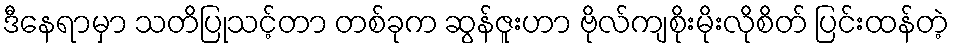
ဒီနေရာမှာ သတိပြုသင့်တာ တစ်ခုက ဆွန်ဇူးဟာ ဗိုလ်ကျစိုးမိုးလိုစိတ် ပြင်းထန်တဲ့